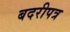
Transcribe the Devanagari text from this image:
बदरीपत्र